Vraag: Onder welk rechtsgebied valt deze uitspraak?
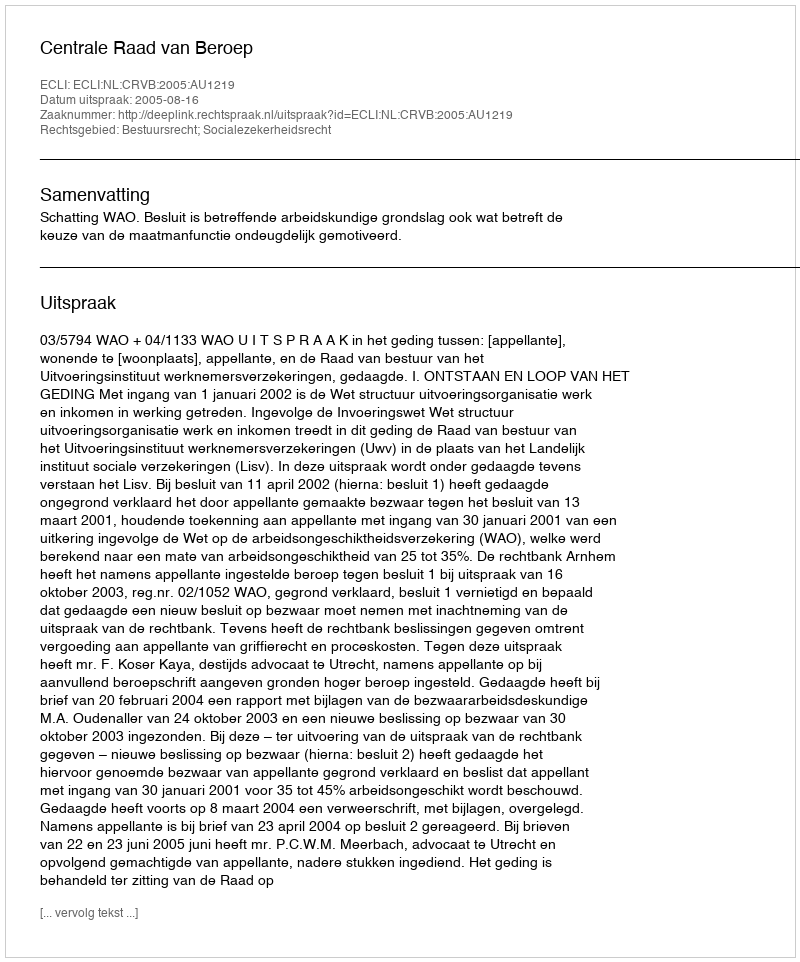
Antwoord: Bestuursrecht; Socialezekerheidsrecht